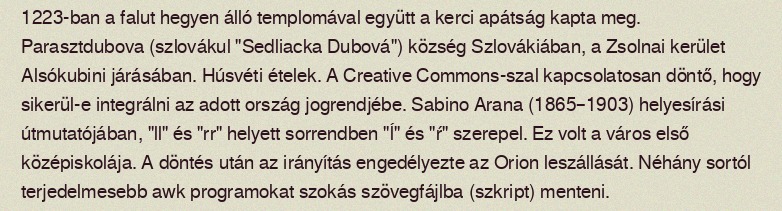
1223-ban a falut hegyen álló templomával együtt a kerci apátság kapta meg. Parasztdubova (szlovákul "Sedliacka Dubová") község Szlovákiában, a Zsolnai kerület Alsókubini járásában. Húsvéti ételek. A Creative Commons-szal kapcsolatosan döntő, hogy sikerül-e integrálni az adott ország jogrendjébe. Sabino Arana (1865–1903) helyesírási útmutatójában, "ll" és "rr" helyett sorrendben "ĺ" és "ŕ" szerepel. Ez volt a város első középiskolája. A döntés után az irányítás engedélyezte az Orion leszállását. Néhány sortól terjedelmesebb awk programokat szokás szövegfájlba (szkript) menteni.